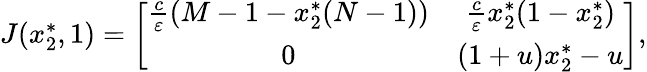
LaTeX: \begin{array}{r}{J(x_{2}^{*},1)=\left[{\begin{array}{cc}{\frac{c}{\varepsilon}(M-1-x_{2}^{*}(N-1))}&{\frac{c}{\varepsilon}x_{2}^{*}(1-x_{2}^{*})}\\ {0}&{(1+u)x_{2}^{*}-u}\end{array}}\right],}\end{array}